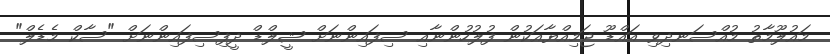
މައުލޫމާތު މުއްސަނދިވި އައްޑޫ ޖަމިއްޔާއަކުން ފުލުހުންނާއި ސިފައިންނަށް ޝީލްޑް ދީފިސިފައިންނަށް "ސާކް މެޑެލް"